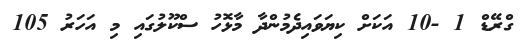
ގްރޭޑް 1 -10 އަކަށް ކިޔަވައިދެމުންދާ މާޅޮހު ސްކޫލުގައި މި އަހަރު 105